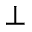
\perp